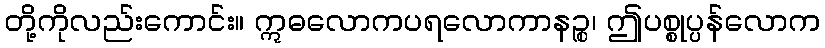
တို့ကိုလည်းကောင်း။ ဣဓလောကပရလောကာနဉ္စ၊ ဤပစ္စုပ္ပန်လောက